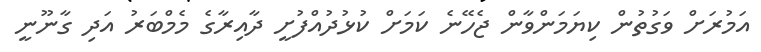
އަމުރަށް ވަގުތުން ކިޔަމަންވާން ޖެހޭނެ ކަމަށް ކުޅުދުއްފުށީ ދާއިރާގެ މެމްބަރު އަދި ގާނޫނީ